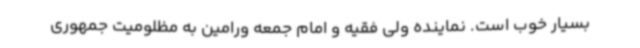
بسیار خوب است. نماینده ولی فقیه و امام جمعه ورامین به مظلومیت جمهوری